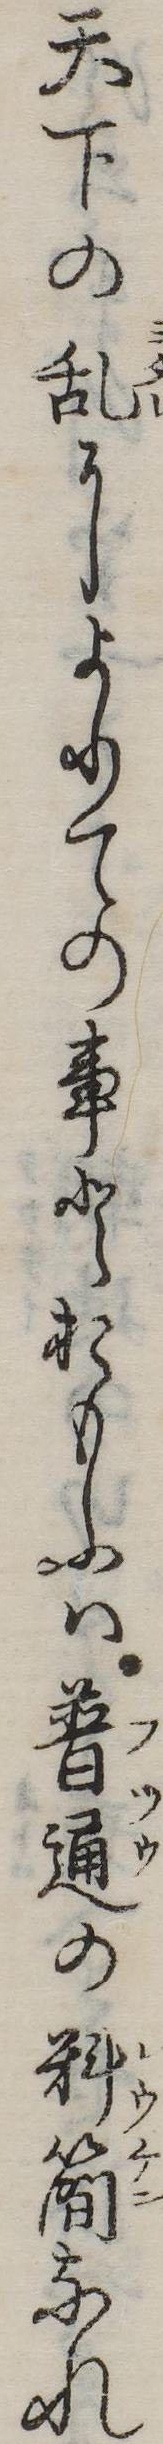
天下の乱によりての事とおもふは普通の料簡なれ